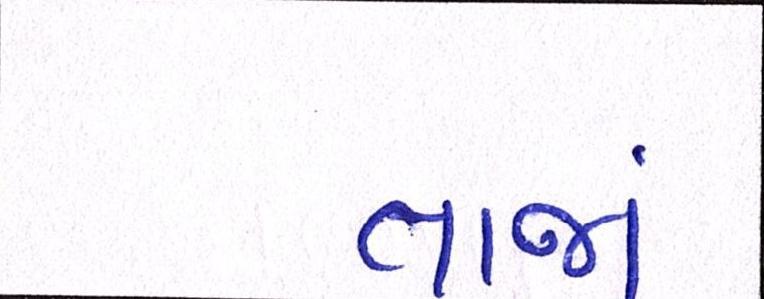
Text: તાજાં